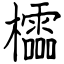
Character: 櫺